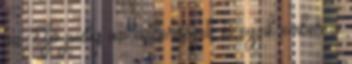
az Eljó pedig az emberiséget, és egyik ember a